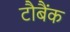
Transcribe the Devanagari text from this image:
टौबैंक